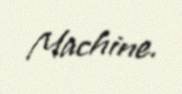
Machine.